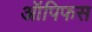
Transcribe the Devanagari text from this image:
ऑपिफस